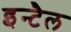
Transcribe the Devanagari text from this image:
इन्टैल